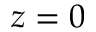
z = 0